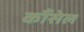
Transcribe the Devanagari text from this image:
कौंसेल